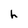
Character: h